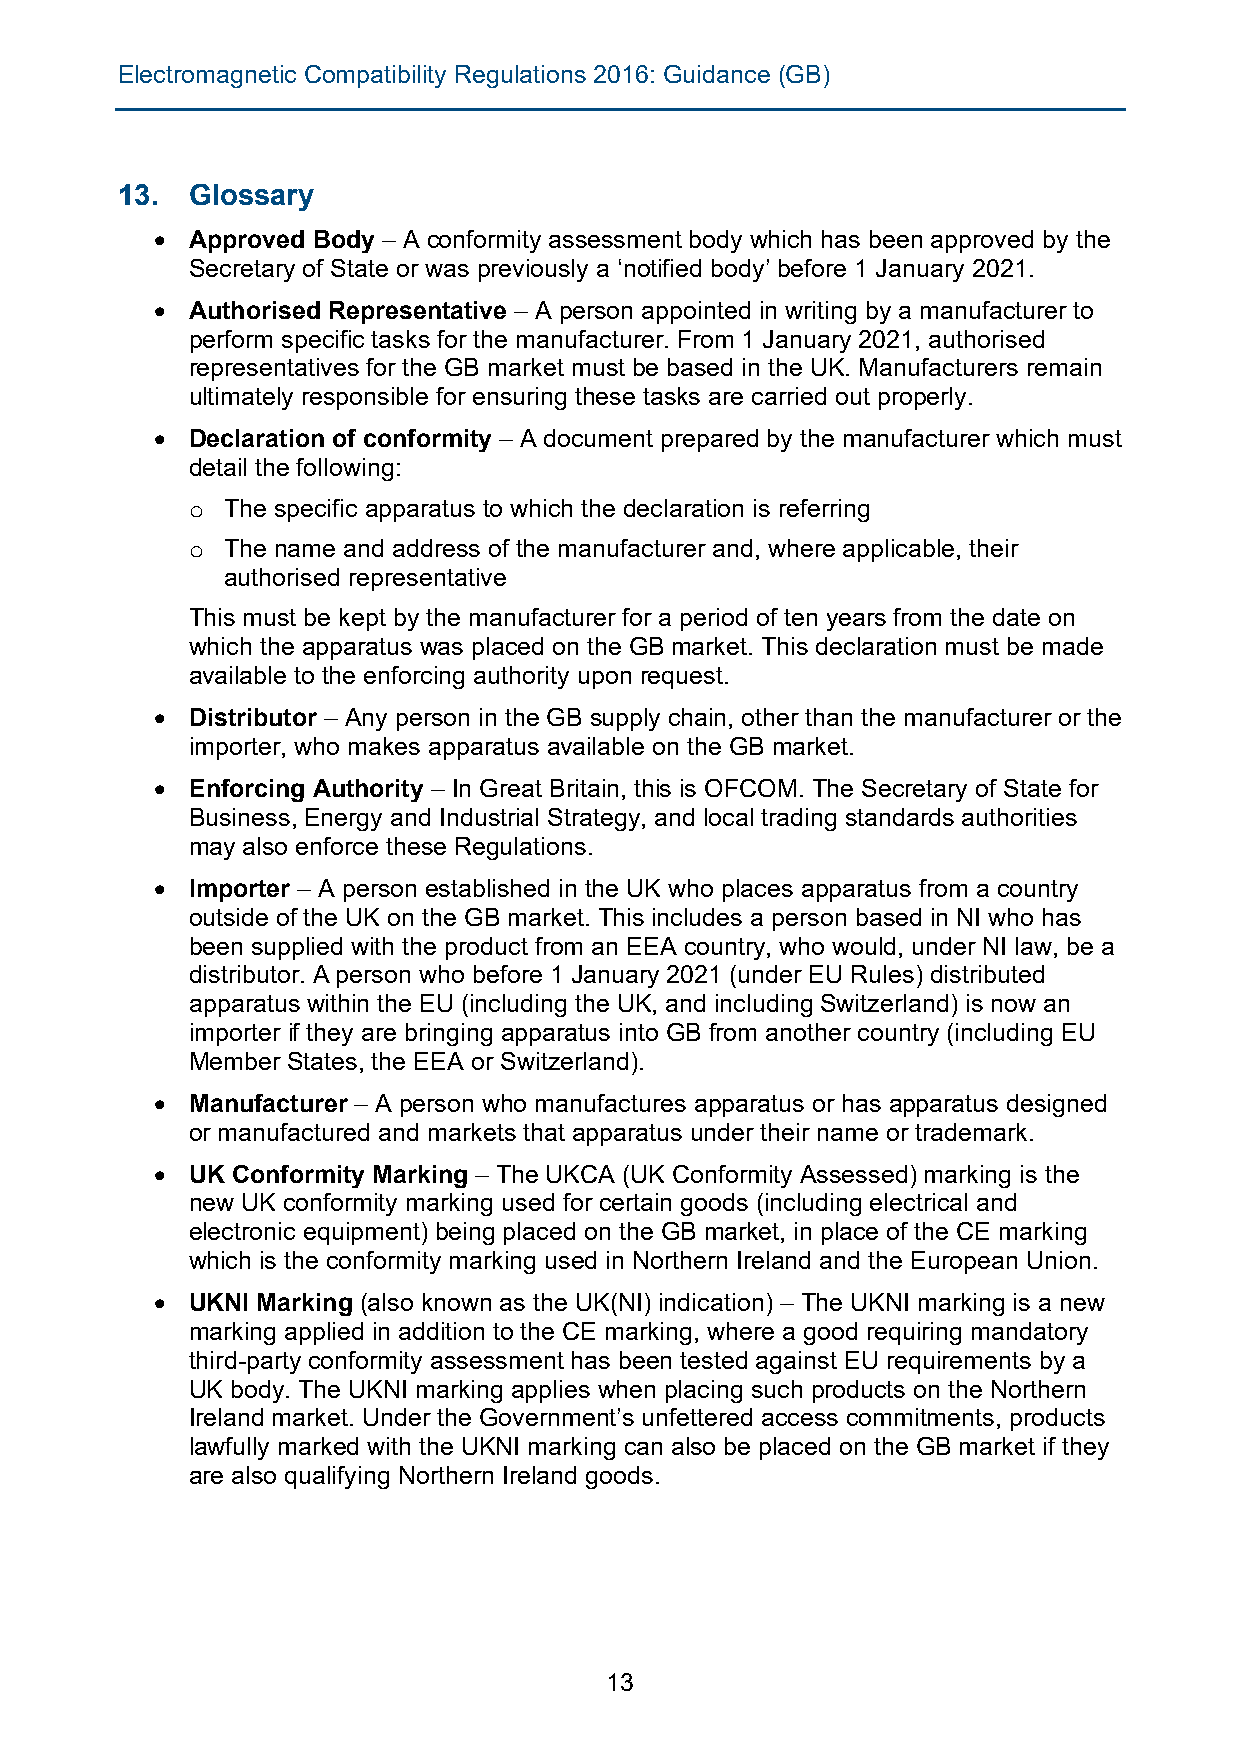
Electromagnetic Compatibility Regulations 2016: Guidance (GB)
 13. Glossary
 • Approved Body – A conformity assessment body which has been approved by the
 Secretary of State or was previously a ‘notified body’ before 1 January 2021.
 • Authorised Representative – A person appointed in writing by a manufacturer to
 perform specific tasks for the manufacturer. From 1 January 2021, authorised
 representatives for the GB market must be based in the UK. Manufacturers remain
 ultimately responsible for ensuring these tasks are carried out properly.
 • Declaration of conformity – A document prepared by the manufacturer which must
 detail the following:
 The specific apparatus to which the declaration is referring
 o
 The name and address of the manufacturer and, where applicable, their
 o
 authorised representative
 This must be kept by the manufacturer for a period of ten years from the date on
 which the apparatus was placed on the GB market. This declaration must be made
 available to the enforcing authority upon request.
 • Distributor – Any person in the GB supply chain, other than the manufacturer or the
 importer, who makes apparatus available on the GB market.
 • Enforcing Authority – In Great Britain, this is OFCOM. The Secretary of State for
 Business, Energy and Industrial Strategy, and local trading standards authorities
 may also enforce these Regulations.
 • Importer – A person established in the UK who places apparatus from a country
 outside of the UK on the GB market. This includes a person based in NI who has
 been supplied with the product from an EEA country, who would, under NI law, be a
 distributor. A person who before 1 January 2021 (under EU Rules) distributed
 apparatus within the EU (including the UK, and including Switzerland) is now an
 importer if they are bringing apparatus into GB from another country (including EU
 Member States, the EEA or Switzerland).
 • Manufacturer – A person who manufactures apparatus or has apparatus designed
 or manufactured and markets that apparatus under their name or trademark.
 • UK Conformity Marking – The UKCA (UK Conformity Assessed) marking is the
 new UK conformity marking used for certain goods (including electrical and
 electronic equipment) being placed on the GB market, in place of the CE marking
 which is the conformity marking used in Northern Ireland and the European Union.
 • UKNI Marking (also known as the UK(NI) indication) – The UKNI marking is a new
 marking applied in addition to the CE marking, where a good requiring mandatory
 third-party conformity assessment has been tested against EU requirements by a
 UK body. The UKNI marking applies when placing such products on the Northern
 Ireland market. Under the Government’s unfettered access commitments, products
 lawfully marked with the UKNI marking can also be placed on the GB market if they
 are also qualifying Northern Ireland goods.
 13